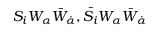
S _ { i } W _ { \alpha } \bar { W } _ { \dot { \alpha } } , \bar { S } _ { i } W _ { \alpha } \bar { W } _ { \dot { \alpha } }